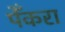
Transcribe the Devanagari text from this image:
पेँकरा